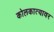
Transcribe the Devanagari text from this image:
कोलकात्यावर